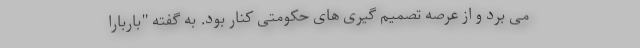
می برد و از عرصه تصمیم گیری های حکومتی کنار بود. به گفته "باربارا